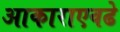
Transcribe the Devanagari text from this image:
आकाराएवढे